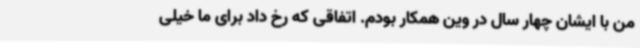
من با ایشان چهار سال در وین همکار بودم. اتفاقی که رخ داد برای ما خیلی